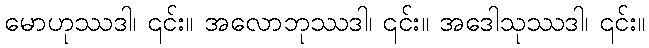
မောဟုဿဒါ၊ ၎င်း။ အလောဘုဿဒါ၊ ၎င်း။ အဒေါသုဿဒါ၊ ၎င်း။